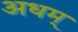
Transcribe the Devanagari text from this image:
अधम्